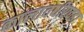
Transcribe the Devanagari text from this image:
कालावधीएवढा